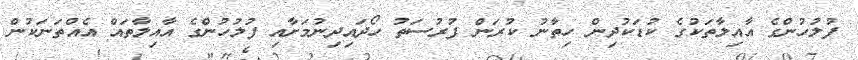
ފުލުހުންގެ އާއިލާތަކުގެ ކުޑަކުދިން ހިތާނު ކުރަން ފުރުސަތު ހޯދައިދިނުމަށާއި ފުލުހުންގެ އާއިލާތައް އެއްތަނަކުން